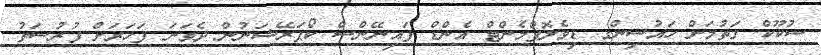
ސުކޫކް ގަތުމަށް ހައުސިންގ ޑިވެލޮޕްމެންޓް އެންޑް ފައިނޭންސް ކޯޕަރޭޝަނުން ދެވަނަ ފަހަރަށް ފުރުސަތު